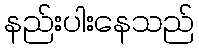
နည်းပါးနေသည်